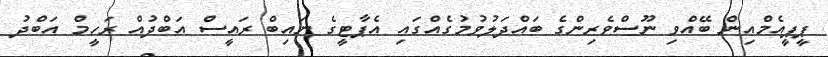
ޕީޕީއެމްއިން ބޭއްވި ނޫސްވެރިންގެ ބައްދަލުވުމުގެއްގައި އެޕާޓީގެ ނައިބް ރައީސް އަބްދުއް ރަހީމް އަބްދު